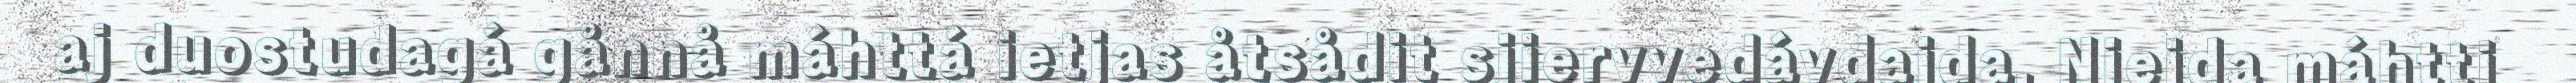
aj duostudagá gånnå máhttá ietjas åtsådit sjiervvedávdajda. Niejda máhtti